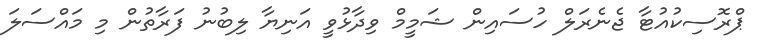
ޕްރޮސިކުއުޓާ ޖެނެރަލް ހުސައިން ޝަމީމް ވިދާޅުވީ އަނިޔާ ލިބުނު ފަރާތުން މި މައްސަލަ